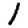
Digit: 1